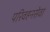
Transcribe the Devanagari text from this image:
परिवहनसेवा